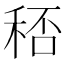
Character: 𥞶